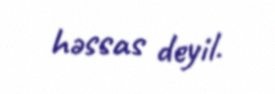
həssas deyil.